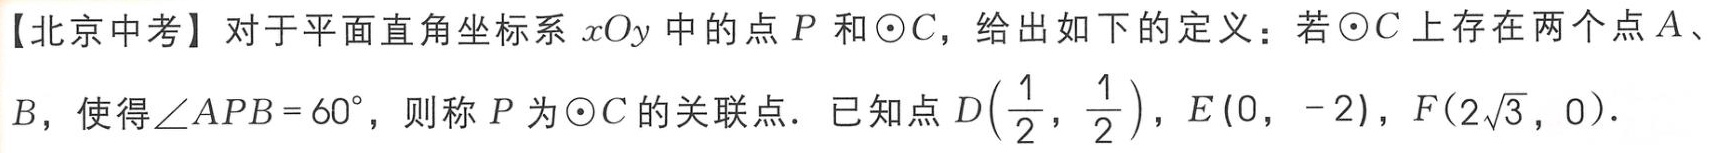
【北京中考】对于平面直角坐标系\(xOy\)中的点\(P\)和\(\odot C\)，给出如下的定义：若\(\odot C\)上存在两个点\(A\)、\(B\)，使得\(\angle APB = 60^{\circ}\)，则称\(P\)为\(\odot C\)的关联点．已知点\(D\left(\frac{1}{2},\frac{1}{2}\right)\)，\(E(0, - 2)\)，\(F(2\sqrt{3},0)\)．